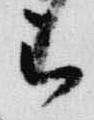
被